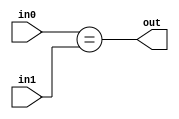
module comparator 
#(
	parameter WIDTH 		= 5
)
(
input     [WIDTH-1:0] in0,
input     [WIDTH-1:0] in1,
output    reg out
);


always@*  out = in0 == in1;

endmodule